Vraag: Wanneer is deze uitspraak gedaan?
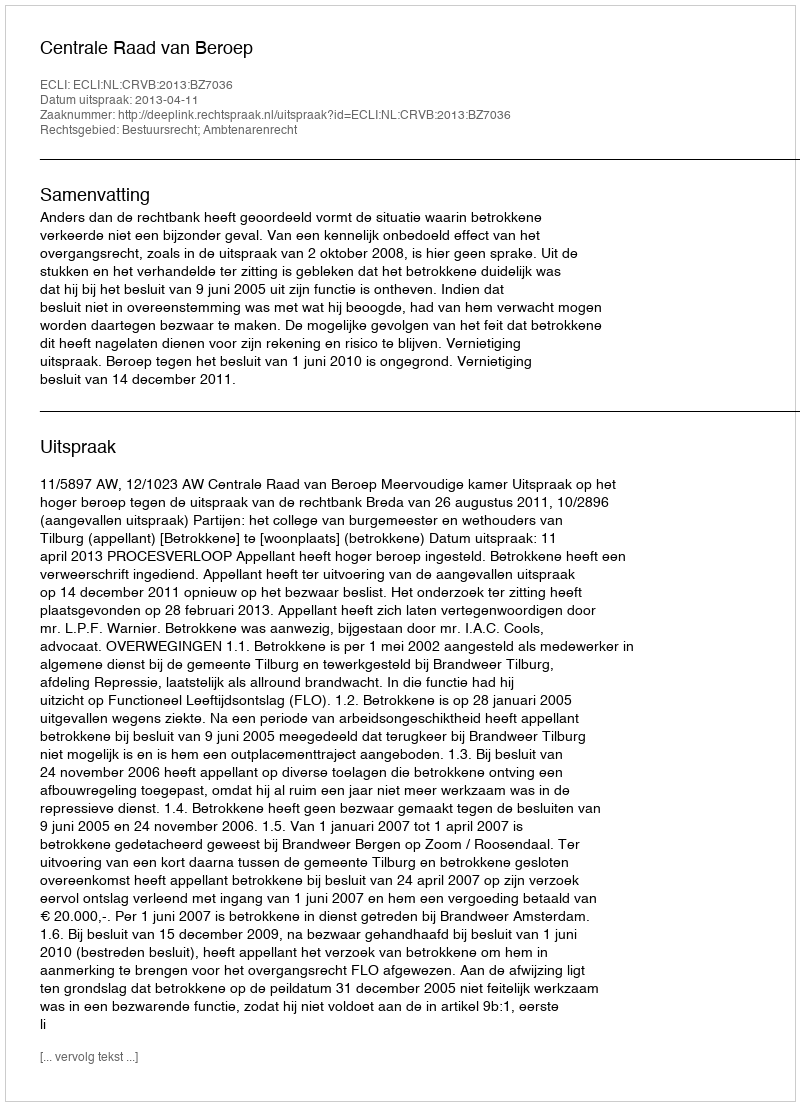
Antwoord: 2013-04-11